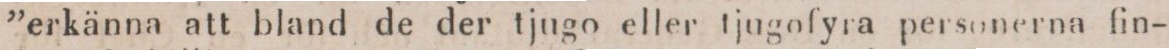
”erkänna att bland de der tjugo eller tjugofyra personerna fin-